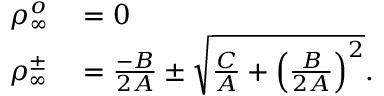
\begin{array} { r l } { \rho _ { \infty } ^ { o } } & { { } = 0 } \\ { \rho _ { \infty } ^ { \pm } } & { { } = \frac { - B } { 2 A } \pm \sqrt { \frac { C } { A } + \left( \frac { B } { 2 A } \right) ^ { 2 } } . } \end{array}